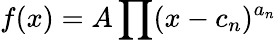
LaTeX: f(x)=A\prod(x-c_{n})^{a_{n}}